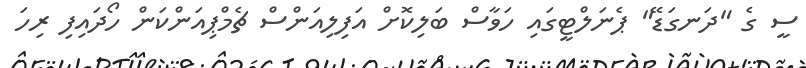
ސީ ގެ "ދަނގަޑޭ" ޕެނަލްޓީގައި ހަވާސް ބަލިކޮށް އަފިލިއަންސް ޗެމްޕިއަންކަން ހޯދައިފި ރިހަ